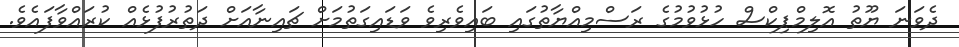
ދެވަނަ ޔޫތު އޮލިމްޕިކްސް ހުޅުވުމުގެ ރަސްމިއްޔާތުގައި ބައިވެރިވެ ވަޑައިގަތުމަށް ޗައިނާއަށް ދަތުރުފުޅެއް ކުރައްވާފައެވެ.